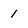
Character: 1